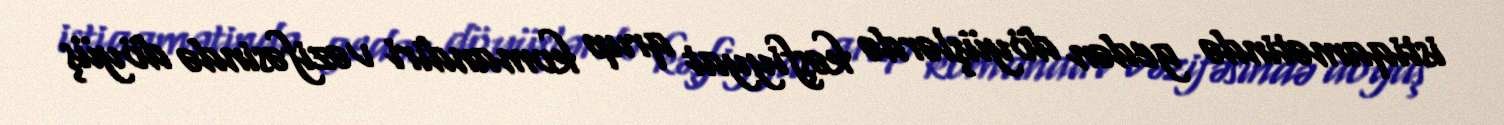
istiqamətində gedən döyüşlərdə kəşfiyyat qrup komandiri vəzifəsində döyüş